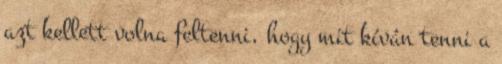
azt kellett volna feltenni, hogy mit kíván tenni a